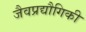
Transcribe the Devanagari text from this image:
जैवप्रद्यौगिकी